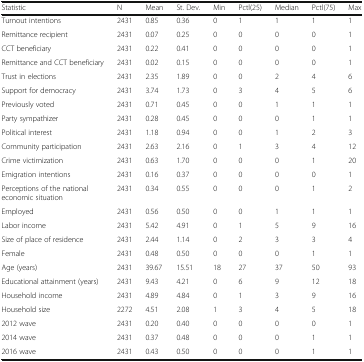
<table><thead><tr><td><b>Statistic</b></td><td><b>N</b></td><td><b>Mean</b></td><td><b>St. Dev.</b></td><td><b>Min</b></td><td><b>Pctl(25)</b></td><td><b>Median</b></td><td><b>Pctl(75)</b></td><td><b>Max</b></td></tr></thead><tbody><tr><td>Turnout intentions</td><td>2431</td><td>0.85</td><td>0.36</td><td>0</td><td>1</td><td>1</td><td>1</td><td>1</td></tr><tr><td>Remittance recipient</td><td>2431</td><td>0.07</td><td>0.25</td><td>0</td><td>0</td><td>0</td><td>0</td><td>1</td></tr><tr><td>CCT beneficiary</td><td>2431</td><td>0.22</td><td>0.41</td><td>0</td><td>0</td><td>0</td><td>0</td><td>1</td></tr><tr><td>Remittance and CCT beneficiary</td><td>2431</td><td>0.02</td><td>0.15</td><td>0</td><td>0</td><td>0</td><td>0</td><td>1</td></tr><tr><td>Trust in elections</td><td>2431</td><td>2.35</td><td>1.89</td><td>0</td><td>0</td><td>2</td><td>4</td><td>6</td></tr><tr><td>Support for democracy</td><td>2431</td><td>3.74</td><td>1.73</td><td>0</td><td>3</td><td>4</td><td>5</td><td>6</td></tr><tr><td>Previously voted</td><td>2431</td><td>0.71</td><td>0.45</td><td>0</td><td>0</td><td>1</td><td>1</td><td>1</td></tr><tr><td>Party sympathizer</td><td>2431</td><td>0.28</td><td>0.45</td><td>0</td><td>0</td><td>0</td><td>1</td><td>1</td></tr><tr><td>Political interest</td><td>2431</td><td>1.18</td><td>0.94</td><td>0</td><td>0</td><td>1</td><td>2</td><td>3</td></tr><tr><td>Community participation</td><td>2431</td><td>2.63</td><td>2.16</td><td>0</td><td>1</td><td>3</td><td>4</td><td>12</td></tr><tr><td>Crime victimization</td><td>2431</td><td>0.63</td><td>1.70</td><td>0</td><td>0</td><td>0</td><td>1</td><td>20</td></tr><tr><td>Emigration intentions</td><td>2431</td><td>0.16</td><td>0.37</td><td>0</td><td>0</td><td>0</td><td>0</td><td>1</td></tr><tr><td>Perceptions of the national economic situation</td><td>2431</td><td>0.34</td><td>0.55</td><td>0</td><td>0</td><td>0</td><td>1</td><td>2</td></tr><tr><td>Employed</td><td>2431</td><td>0.56</td><td>0.50</td><td>0</td><td>0</td><td>1</td><td>1</td><td>1</td></tr><tr><td>Labor income</td><td>2431</td><td>5.42</td><td>4.91</td><td>0</td><td>1</td><td>5</td><td>9</td><td>16</td></tr><tr><td>Size of place of residence</td><td>2431</td><td>2.44</td><td>1.14</td><td>0</td><td>2</td><td>3</td><td>3</td><td>4</td></tr><tr><td>Female</td><td>2431</td><td>0.48</td><td>0.50</td><td>0</td><td>0</td><td>0</td><td>1</td><td>1</td></tr><tr><td>Age (years)</td><td>2431</td><td>39.67</td><td>15.51</td><td>18</td><td>27</td><td>37</td><td>50</td><td>93</td></tr><tr><td>Educational attainment (years)</td><td>2431</td><td>9.43</td><td>4.21</td><td>0</td><td>6</td><td>9</td><td>12</td><td>18</td></tr><tr><td>Household income</td><td>2431</td><td>4.89</td><td>4.84</td><td>0</td><td>1</td><td>3</td><td>9</td><td>16</td></tr><tr><td>Household size</td><td>2272</td><td>4.51</td><td>2.08</td><td>1</td><td>3</td><td>4</td><td>5</td><td>18</td></tr><tr><td>2012 wave</td><td>2431</td><td>0.20</td><td>0.40</td><td>0</td><td>0</td><td>0</td><td>0</td><td>1</td></tr><tr><td>2014 wave</td><td>2431</td><td>0.37</td><td>0.48</td><td>0</td><td>0</td><td>0</td><td>1</td><td>1</td></tr><tr><td>2016 wave</td><td>2431</td><td>0.43</td><td>0.50</td><td>0</td><td>0</td><td>0</td><td>1</td><td>1</td></tr></tbody></table>